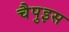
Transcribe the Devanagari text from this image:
चैपुइस